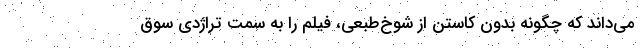
می‌داند که چگونه بدون کاستن از شوخ‌طبعی، فیلم را به سمت تراژدی سوق